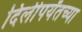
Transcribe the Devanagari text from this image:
दिलीपर्यंतच्या